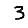
Digit: 3